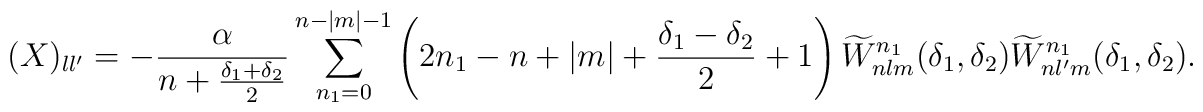
(X)_{ll'} = - \frac{\alpha}{n + \frac{\delta_1+\delta_2}{2}}\sum_{n_1=0}^{n-|m|-1}\left( 2n_1 - n + |m| + \frac{\delta_1-\delta_2}{2} + 1 \right)\widetilde W_{nlm}^{n_1}(\delta_1,\delta_2)\widetilde W_{nl'm}^{n_1}(\delta_1,\delta_2).